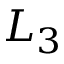
L _ { 3 }